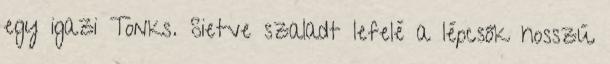
egy igazi Tonks. Sietve szaladt lefelé a lépcsők hosszú